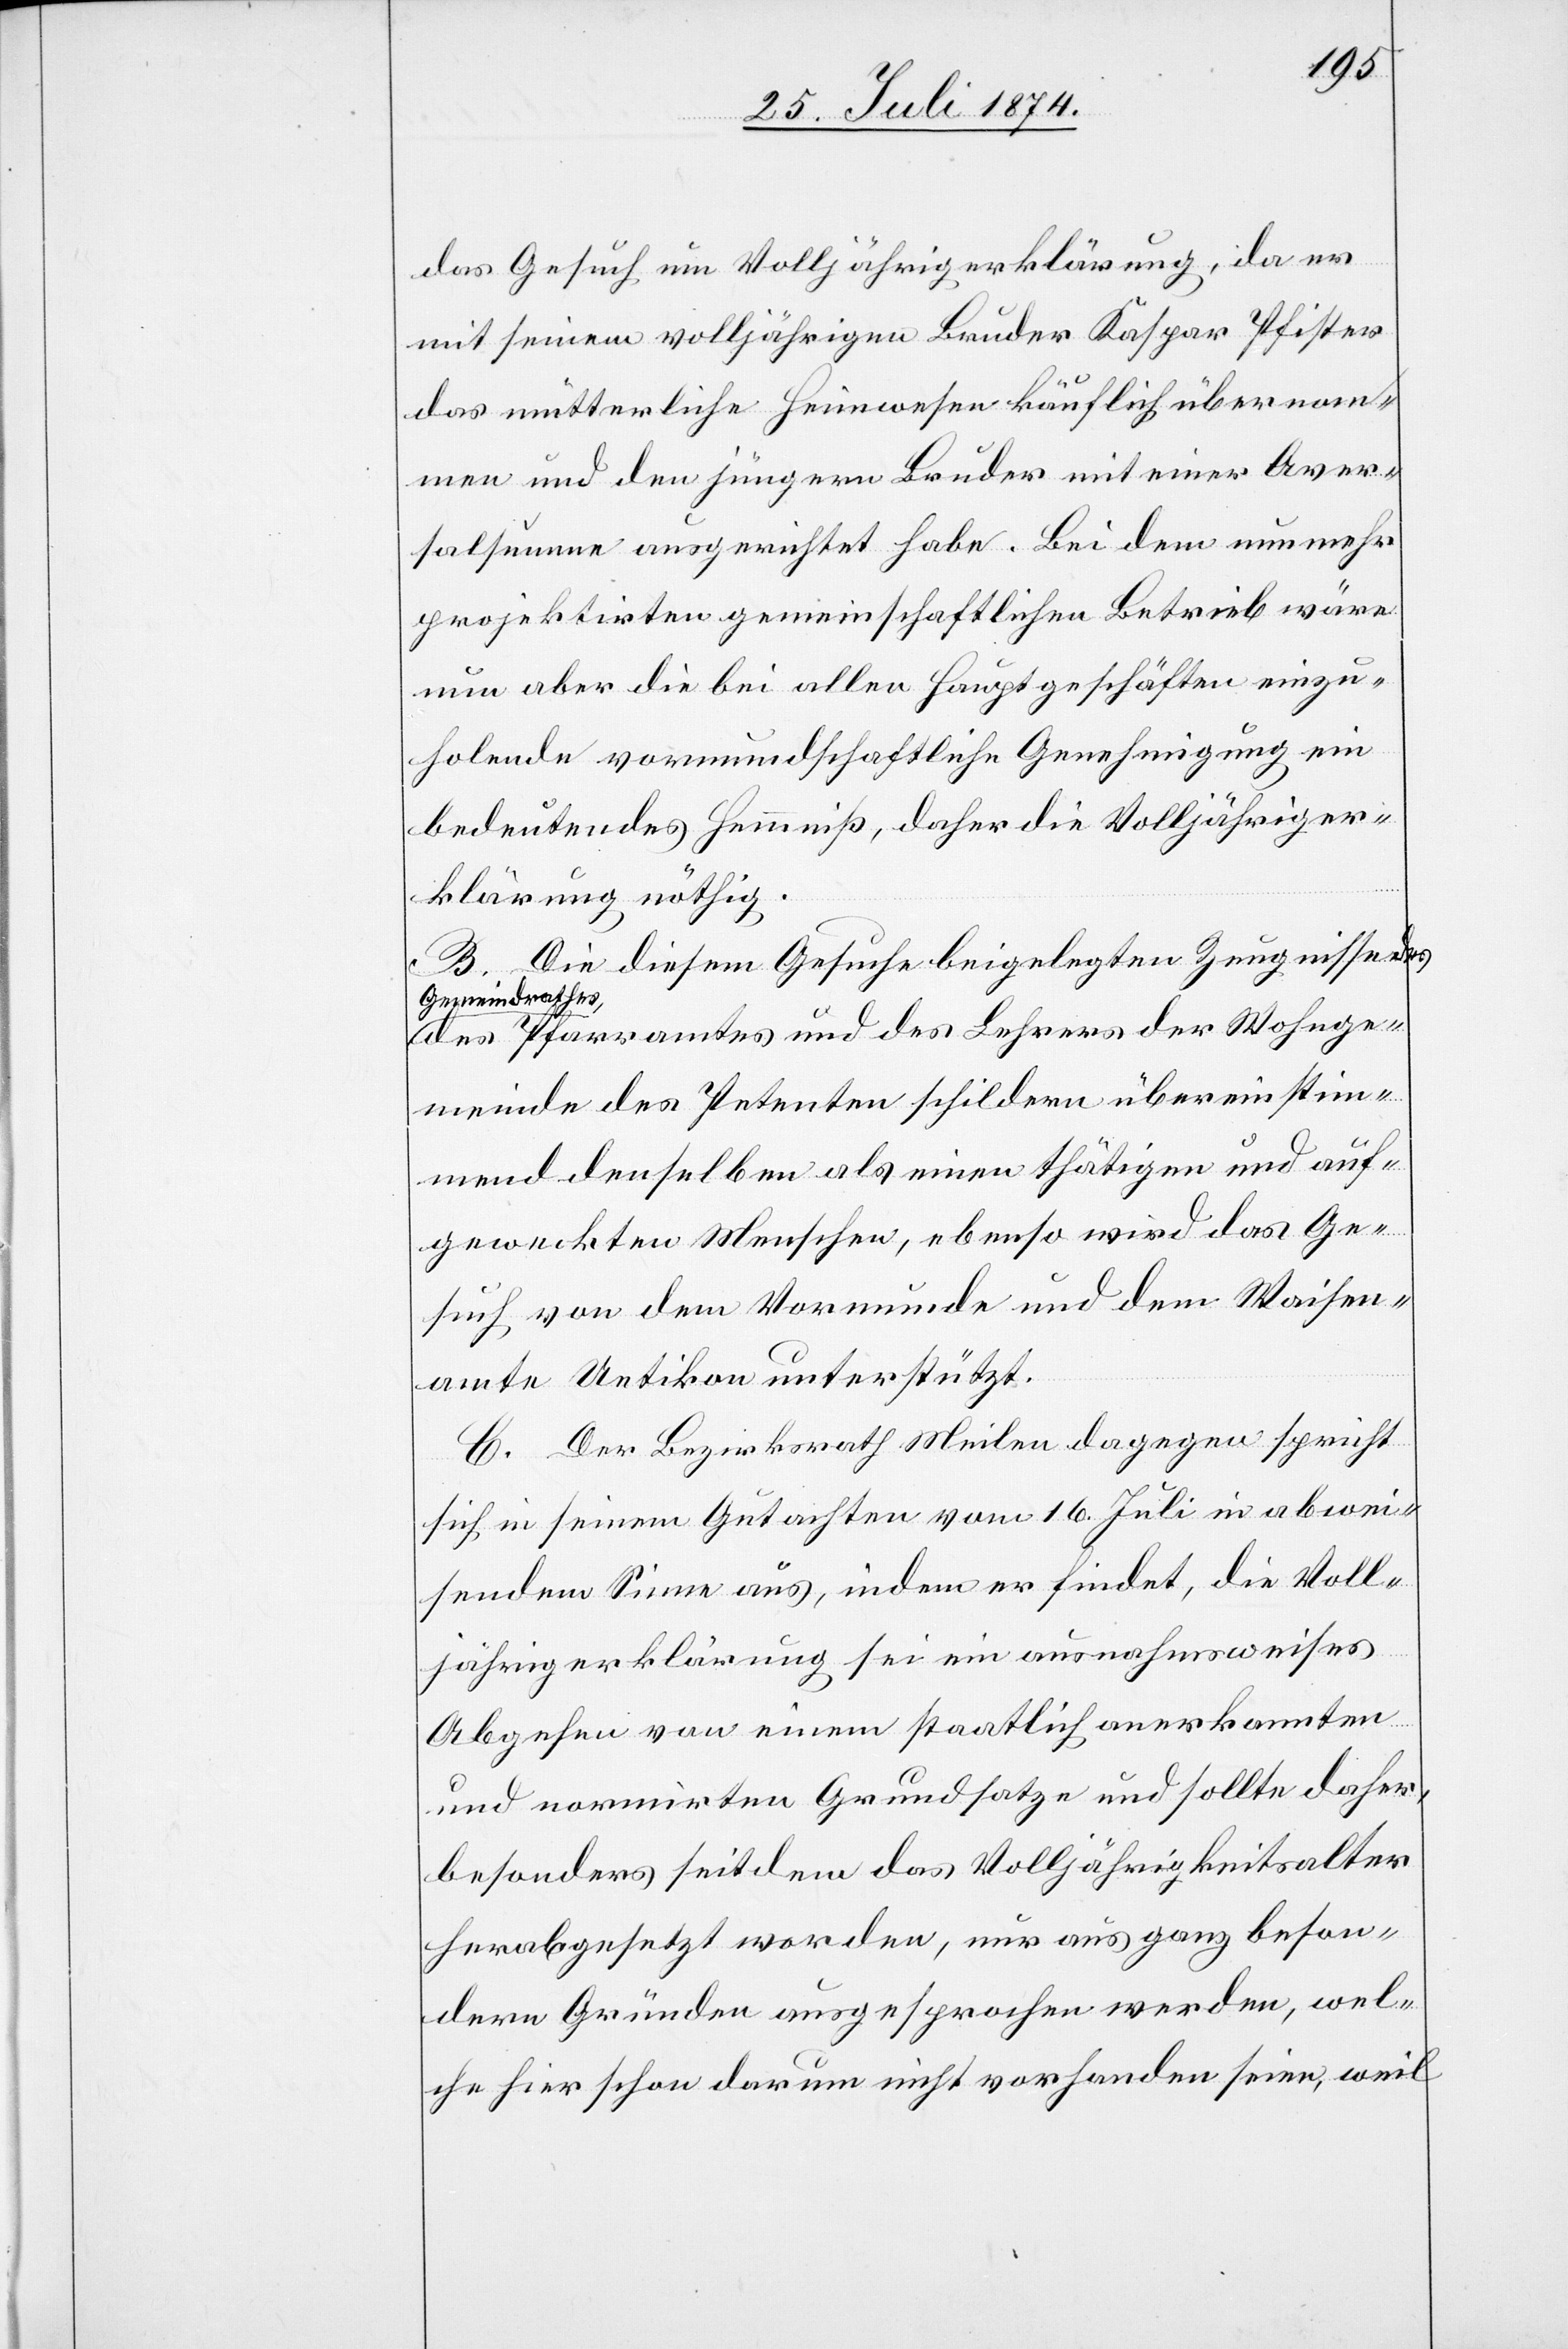
das Gesuch um Volljährigerklärung, da er
mit seinem volljährigen Bruder Kaspar Pfister
das mütterliche Heimwesen käuflich übernom¬
men und den jüngern Bruder mit einer Aver¬
salsumme ausgerichtet habe. Bei dem nunmehr
projektirten gemeinschaftlichen Betrieb wäre
nun aber die bei allen Hauptgeschäften einzu¬
holende vormundschaftliche Genehmigung ein
bedeutendes Hemmniß, daher die Volljähriger¬
klärung nöthig.
B. Die diesem Gesuche beigelegten Zeugnisse des
Gemeindrathes,
des Pfarramtes und des Lehrers der Wohnge¬
meinde des Petenten schildern übereinstim¬
mend denselben als einen thätigen und auf¬
geweckten Menschen, ebenso wird das Ge¬
such von dem Vormunde und dem Waisen¬
amte Uetikon unterstützt.
C. Der Bezirksrath Meilen dagegen spricht
sich in seinem Gutachten vom 16. Juli in abwei¬
sendem Sinne aus, indem er findet, die Voll¬
jährigerklärung sei ein ausnahmsweises
Abgehen von einem staatlich anerkannten
und normirten Grundsatze und sollte daher,
besonders seit dem das Volljährigkeitsalter
herabgesetzt worden, nur aus ganz beson¬
dern Gründen ausgesprochen werden, wel¬
che hier schon darum nicht vorhanden seien, weil